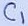
Text: C1